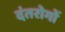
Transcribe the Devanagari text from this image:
दंतरोगों